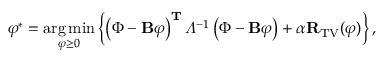
{ \varphi } ^ { * } = \underset { \varphi \geq 0 } { \arg \operatorname* { m i n } } \left\{ \left( \Phi - \mathbf { B } \varphi \right) ^ { \mathbf { T } } \varLambda ^ { - 1 } \left( \Phi - \mathbf { B } \varphi \right) + \alpha \mathbf { R } _ { \mathrm { T V } } ( \varphi ) \right\} ,